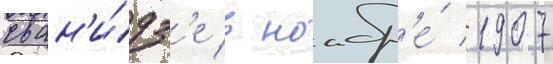
сван'и́дз'е в ноабр'е́ 1907